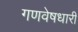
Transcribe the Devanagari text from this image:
गणवेषधारी